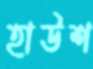
হাউশ